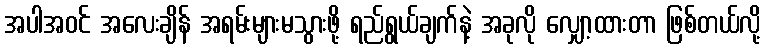
အပါအဝင် အလေးချိန် အရမ်းများမသွားဖို့ ရည်ရွယ်ချက်နဲ့ အခုလို လျှော့ထားတာ ဖြစ်တယ်လို့